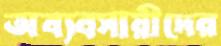
অব্যবসায়ীদের